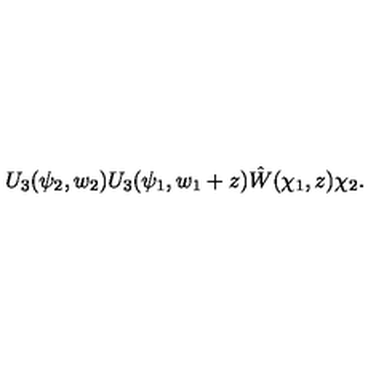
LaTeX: U _ { 3 } ( \psi _ { 2 } , w _ { 2 } ) U _ { 3 } ( \psi _ { 1 } , w _ { 1 } + z ) \hat { W } ( \chi _ { 1 } , z ) \chi _ { 2 } .